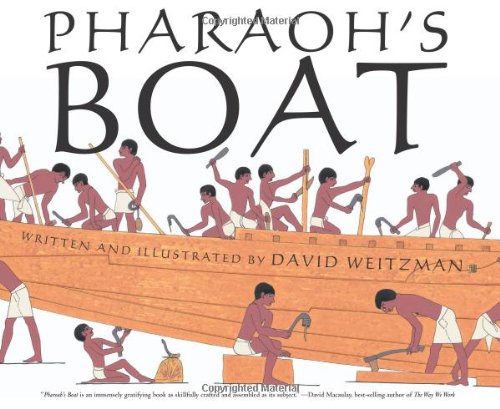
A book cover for Pharaoh's Boat; David L. Weitzman; Children's Books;